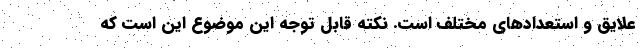
علایق و استعدادهای مختلف است. نکته قابل توجه این موضوع این است که